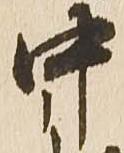
中